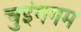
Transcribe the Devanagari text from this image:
चुइंगगम